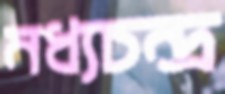
মধ্যচন্দ্র